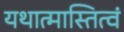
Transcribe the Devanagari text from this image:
यथात्मास्तित्वं